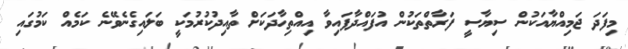
މިފަދަ ޖަމިއްޔާއަކުން ސިޔާސީ ފަރާތްތަކުން އުފައްދާފައިވާ އިއްތިހާދަކަށް ތާއިދުކުރުމަކީ ބަލައިގެނެވޭނެ ކަމެއް ކަމުގައި